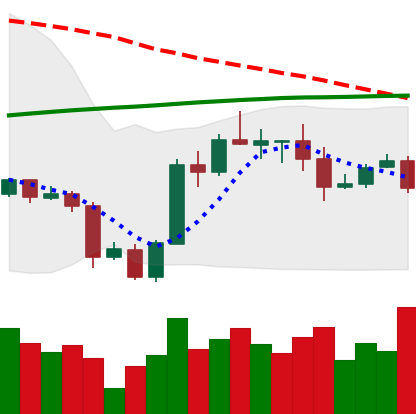
Ticker: ADA-USD
Chart end date: 2020-10-06
Forward return: 14.794%
Label: up_7plus